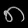
Digit: ၈